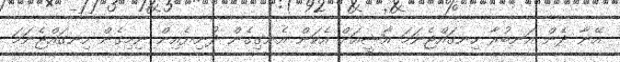
އޭނާ ދެން އަނބުރާ ހިނގައްޖެނަމަ އާޝީއަށް އެކަން އެނގިގެން ދުނިޔެއިން ނިމިގެން ހިނގައްޖެނަމަ